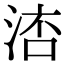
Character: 𣷧